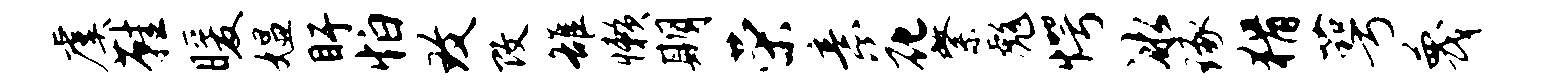
虞鞋暖媪盱怕致改雒懒期荣意花綮彪愕冰琢猾萼蔑